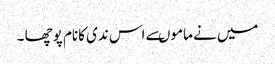
میں نے ماموںسے اس ندی کانام پوچھا ۔